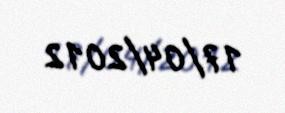
17/04/2012